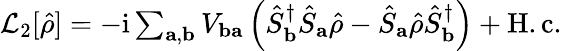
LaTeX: \begin{array}{r}{\mathcal{L}_{2}[\hat{\rho}]=-\mathrm{i}\sum_{\mathbf{a},\mathbf{b}}V_{\mathbf{ba}}\left(\hat{S}_{\mathbf{b}}^{\dagger}\hat{S}_{\mathbf{a}}\hat{\rho}-\hat{S}_{\mathbf{a}}\hat{\rho}\hat{S}_{\mathbf{b}}^{\dagger}\right)+\mathrm{H.c.}}\end{array}